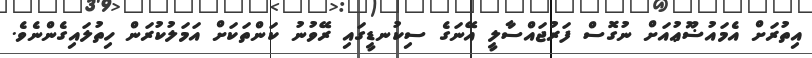
އިތުރަށް އެމައުޟޫޢުއަށް ނުގޮސް ފަރުޖައްސާލީ އޭނަގެ ސިކުނޑީގައި ރޭވުނު ކަންތަކަށް އަމަލުކުރަން ހިތުލައިގެންނެވެ.